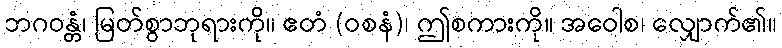
ဘဂဝန္တံ၊ မြတ်စွာဘုရားကို။ ဧတံ (ဝစနံ)၊ ဤစကားကို။ အဝေါစ၊ လျှောက်၏။